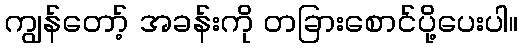
ကျွန်တော့် အခန်းကို တခြားစောင်ပို့ပေးပါ။